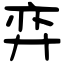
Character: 弈